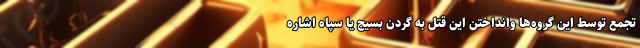
تجمع توسط این گروه‌ها وانداختن این قتل به گردن بسیج یا سپاه اشاره